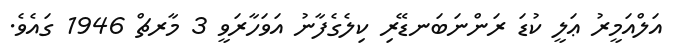
އަލްއަމީރު ޢަލީ ކުޑަ ރަންނަބަނޑޭރި ކިލެގެފާނު އަވަހާރަވީ 3 މާރޗް 1946 ގައެވެ.